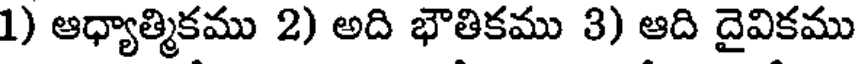
1) ఆధ్యాత్మికము 2) అది భౌతికము 3) ఆది దైవికము